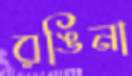
রঙিনা